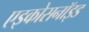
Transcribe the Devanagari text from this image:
एइकोसनॉइड